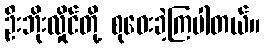
ဦးဘိုးလှိုင်တို့ စုဝေးခဲ့ကြပါတယ်။